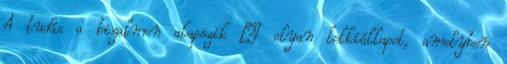
A tudás a bizalmon alapszik – olyan lelkiállapot, amelyben